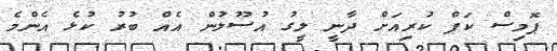
ޕޮމިސް ކަޕް ކުރިއަށް ދާނީ ލީގު އުސޫލުން އެއް ބުރު ކުޅެ އެންމެ